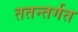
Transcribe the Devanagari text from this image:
ततन्तर्गत